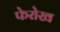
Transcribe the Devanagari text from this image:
फेरोख